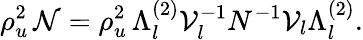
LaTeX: \rho_{u}^{2}\, {\cal N}=\rho_{u}^{2}\, \Lambda_{l}^{(2)}{\cal V}_{l}^{-1}N^{-1}{\cal V}_{l}\Lambda_{l}^{(2)}.